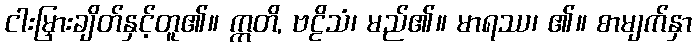
ငါးမြှားချိတ်နှင့်တူ၏။ ဣတိ, ဗဠိသံ၊ မည်၏။ မာရဿ၊ ၏။ စာမျက်နှာ